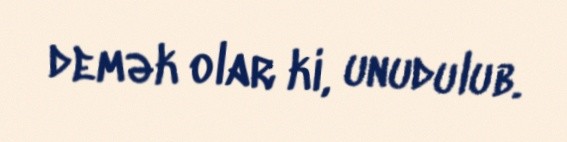
demək olar ki, unudulub.